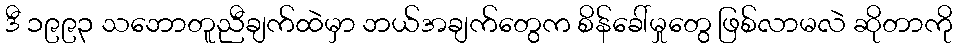
ဒီ ၁၉၉၃ သဘောတူညီချက်ထဲမှာ ဘယ်အချက်တွေက စိန်ခေါ်မှုတွေ ဖြစ်လာမလဲ ဆိုတာကို